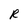
Character: R